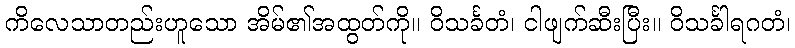
ကိလေသာတည်းဟူသော အိမ်၏အထွတ်ကို။ ဝိသင်္ခတံ၊ ငါဖျက်ဆီးပြီး။ ဝိသင်္ခါရဂတံ၊